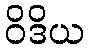
ဝိဒိယ